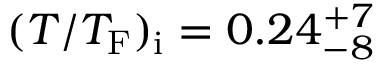
( T / T _ { \mathrm { F } } ) _ { \mathrm { i } } = 0 . 2 4 _ { - 8 } ^ { + 7 }